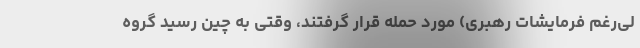
لی‌رغم فرمایشات رهبری) مورد حمله قرار گرفتند، وقتی به چین رسید گروه